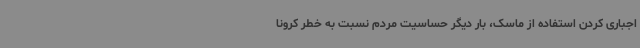
اجباری کردن استفاده از ماسک، بار دیگر حساسیت مردم نسبت به خطر کرونا